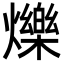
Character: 爍